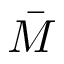
\bar { M }